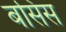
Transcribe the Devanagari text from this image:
बसिस